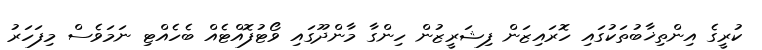
ކުރީގެ އިންތިޚާބުތަކުގައި ހޮރައިޒަން ފިޝަރީޒުން ހިންގާ މާންދޫގައި ވޯޓުފޮއްޓެއް ބެހެއްޓި ނަމަވެސް މިފަހަރު